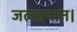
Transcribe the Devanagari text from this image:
जलप्रपात।